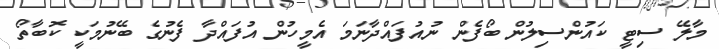
މާލޭ ސިޓީ ކައުންސިލުން ބޯފެން ނުއުފައްދާނަމަ އެމީހުން އުފައްދާ ފެނުގެ ބޭނުމަކީ ކޮބާތޯ